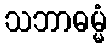
သဘာဓမ္မံ